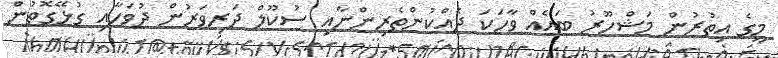
މީގެ އިތުރުން މަޝްހޫރު ބައެއް ވާހަކަ ދެއްކުންތެރިންނާއި ސުކޫލް ދަރިވަރުން ދުވަހާއި ގުޅޭގޮތުން